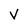
Character: v